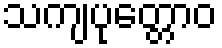
သကျပုတ္တောဝ